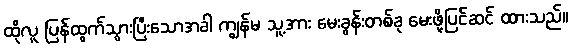
ထိုလူ ပြန်ထွက်သွားပြီးသောအခါ ကျွန်မ သူ့အား မေးခွန်းတစ်ခု မေးဖို့ပြင်ဆင် ထားသည်။